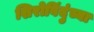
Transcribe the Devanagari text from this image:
शिरोबिंदुंच्या